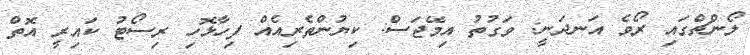
ލޯންޗްގައި ރޯވެ އަނދަނީ: ވަގުތު އިމޭޖަސް: ކިޔުންތެރިއެއް ފިހާޅޮހި ރިސޯޓު ކައިރީ އޮތް